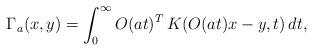
LaTeX: \begin{align*}\Gamma_a(x,y)=\int_0^\infty O(at)^T\,K(O(at)x-y,t)\, dt,\end{align*}